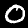
Digit: 0